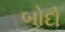
બોદો